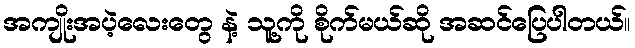
အကျိုးအပဲ့လေးတွေ နဲ့ သူ့ကို စိုက်မယ်ဆို အဆင်ပြေပါတယ်။